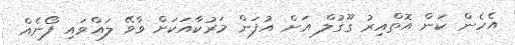
އެހެން ކަން އޮތްއިރު ގޫގުލް އަށް އުފަން މަރުކާއަކަށް ވާވޭ ލައްވައި ފޯނެއް